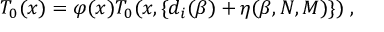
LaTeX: T _ { 0 } ( x ) = \varphi ( x ) T _ { 0 } ( x , \{ d _ { i } ( \beta ) + \eta ( \beta , N , M ) \} ) \; ,